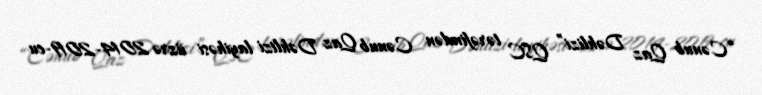
“Cənub Qaz Dəhlizi” QSC tərəfindən Cənub Qaz Dəhlizi layihəsi üzrə 2014-2019-cu